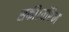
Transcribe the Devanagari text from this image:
सकी।वॉरेन